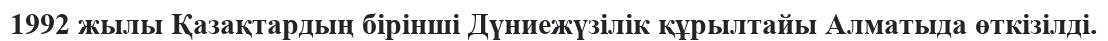
1992 жылы Қазақтардың бірінші Дүниежүзілік құрылтайы Алматыда өткізілді.